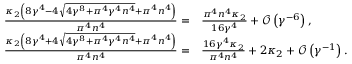
\begin{array} { r l } { \frac { \kappa _ { 2 } \left( 8 \gamma ^ { 4 } - 4 \sqrt { 4 \gamma ^ { 8 } + \pi ^ { 4 } \gamma ^ { 4 } n ^ { 4 } } + \pi ^ { 4 } n ^ { 4 } \right) } { \pi ^ { 4 } n ^ { 4 } } = } & { \frac { \pi ^ { 4 } n ^ { 4 } \kappa _ { 2 } } { 1 6 \gamma ^ { 4 } } + \mathcal { O } \left( \gamma ^ { - 6 } \right) , } \\ { \frac { \kappa _ { 2 } \left( 8 \gamma ^ { 4 } + 4 \sqrt { 4 \gamma ^ { 8 } + \pi ^ { 4 } \gamma ^ { 4 } n ^ { 4 } } + \pi ^ { 4 } n ^ { 4 } \right) } { \pi ^ { 4 } n ^ { 4 } } = } & { \frac { 1 6 \gamma ^ { 4 } \kappa _ { 2 } } { \pi ^ { 4 } n ^ { 4 } } + 2 \kappa _ { 2 } + \mathcal { O } \left( \gamma ^ { - 1 } \right) . } \end{array}